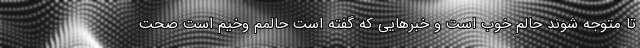
تا متوجه شوند حالم خوب است و خبر‌هایی که گفته است حالمم وخیم است صحت